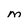
Character: M